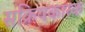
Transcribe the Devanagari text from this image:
सक्रियकारक